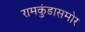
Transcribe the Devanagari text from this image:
रामकुंडासमोर